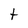
Character: t